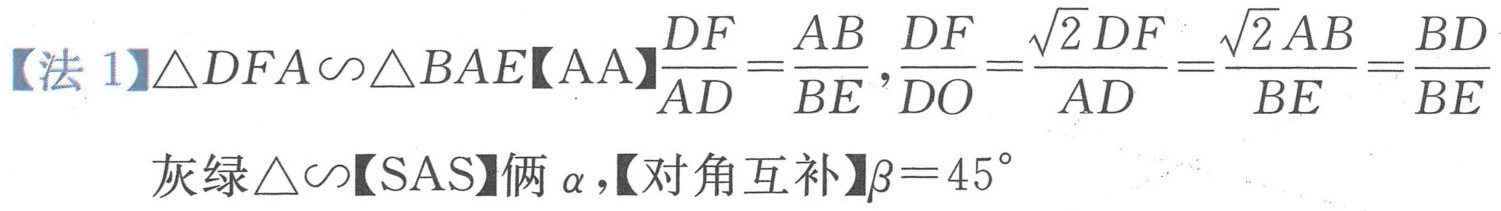
【法1】\(\triangle DFA\sim\triangle BAE\)【AA】\(\frac{DF}{AD}=\frac{AB}{BE},\frac{DF}{DO}=\frac{\sqrt{2}DF}{AD}=\frac{\sqrt{2}AB}{BE}=\frac{BD}{BE}\)
灰绿\(\triangle\sim\)【SAS】俩\(\alpha\)，【对角互补】\(\beta = 45^{\circ}\)